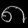
Digit: ၈